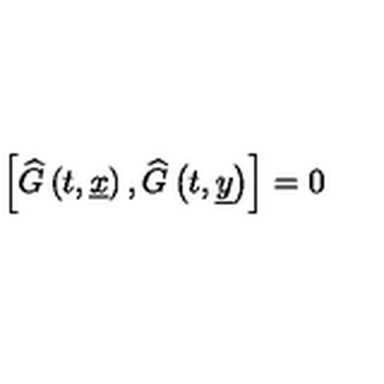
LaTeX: \left[ \widehat { G } \left( t , \underline { { x } } \right) , \widehat { G } \left( t , \underline { { y } } \right) \right] = 0